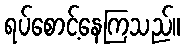
ရပ်စောင့်နေကြသည်။